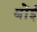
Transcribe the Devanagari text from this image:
बोंई